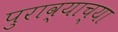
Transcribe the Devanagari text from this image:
पुराव्याच्या